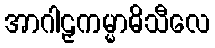
အာဂါဠှကမ္မာဓိသီလေ